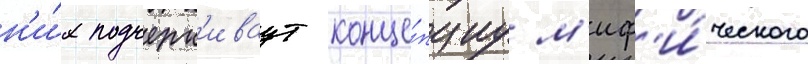
н'и́х подчерк'иваут конце́пциу м'иф'и́ческого